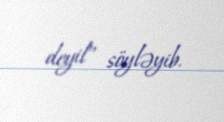
deyil” söyləyib.